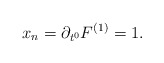
\begin{align*}x_n=\partial_{t^{0}}F^{(1)}=1.\end{align*}